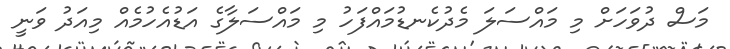
މަސް ދުވަހަށް މި މައްސަލަ މެދުކެނޑުމައްފަހު މި މައްސަލާގެ އަޑުއެހުމެއް މިއަދު ވަނީ